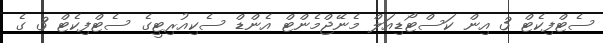
ސެޓްފިކެޓް 3 އިން ކަސްޓޯޑިއަލް މެނޭޖްމެންޓް އެންޑް ސެކިއުރިޓީގެ ސެޓްފިކެޓް 3 ގެ